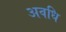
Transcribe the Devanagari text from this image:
अवधि